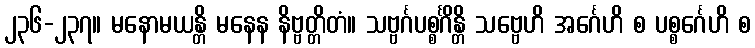
၂၃၆-၂၃၇။ မနောမယန္တိ မနေန နိဗ္ဗတ္တိတံ။ သဗ္ဗင်္ဂပစ္စင်္ဂိန္တိ သဗ္ဗေဟိ အင်္ဂေဟိ စ ပစ္စင်္ဂေဟိ စ